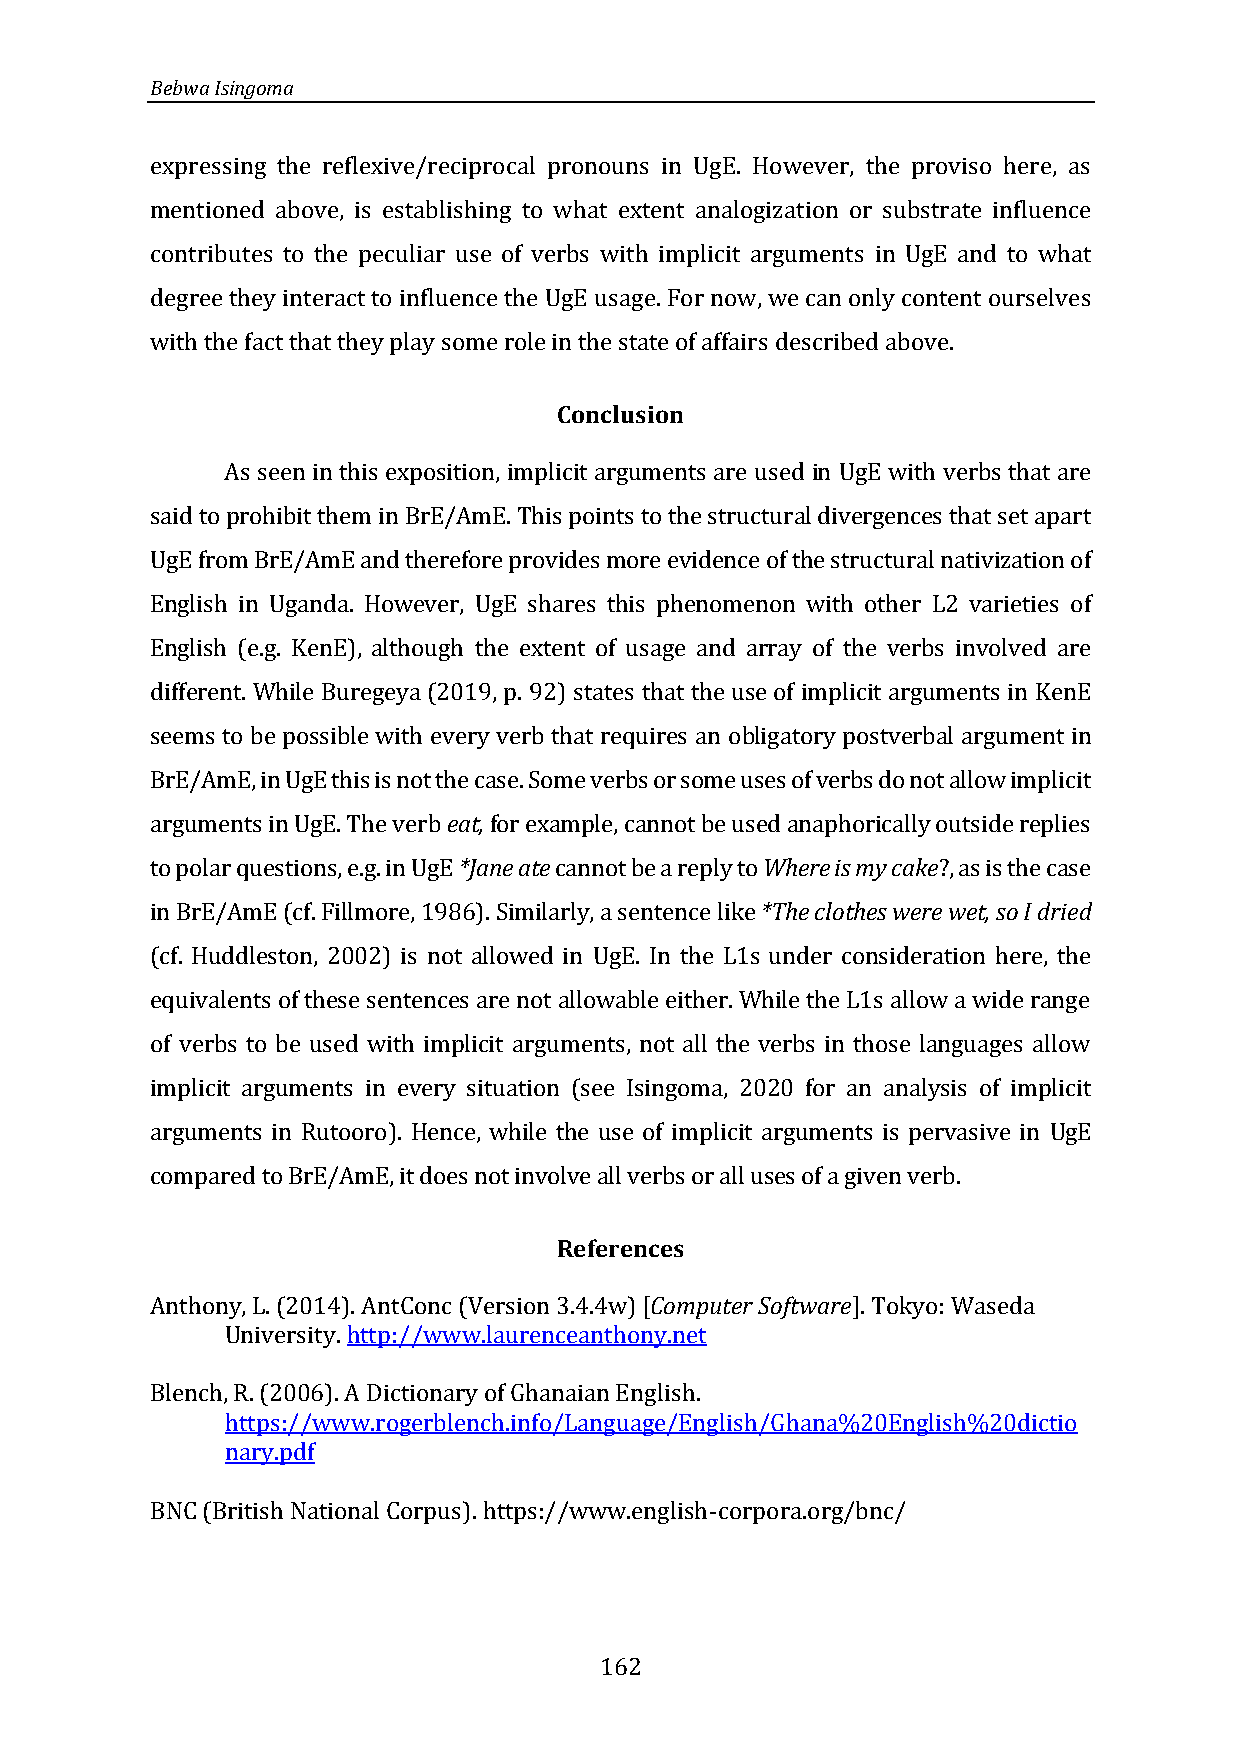
Bebwa Isingoma
 expressing the reflexive/reciprocal pronouns in UgE. However, the proviso here, as
 mentioned above, is establishing to what extent analogization or substrate influence
 contributes to the peculiar use of verbs with implicit arguments in UgE and to what
 degree they interact to influence the UgE usage. For now, we can only content ourselves
 with the fact that they play some role in the state of affairs described above.
 Conclusion
 As seen in this exposition, implicit arguments are used in UgE with verbs that are
 said to prohibit them in BrE/AmE. This points to the structural divergences that set apart
 UgE from BrE/AmE and therefore provides more evidence of the structural nativization of
 English in Uganda. However, UgE shares this phenomenon with other L2 varieties of
 English (e.g. KenE), although the extent of usage and array of the verbs involved are
 different. While Buregeya (2019, p. 92) states that the use of implicit arguments in KenE
 seems to be possible with every verb that requires an obligatory postverbal argument in
 BrE/AmE, in UgE this is not the case. Some verbs or some uses of verbs do not allow implicit
 arguments in UgE. The verb eat, for example, cannot be used anaphorically outside replies
 to polar questions, e.g. in UgE *Jane ate cannot be a reply to Where is my cake?, as is the case
 in BrE/AmE (cf. Fillmore, 1986). Similarly, a sentence like *The clothes were wet, so I dried
 (cf. Huddleston, 2002) is not allowed in UgE. In the L1s under consideration here, the
 equivalents of these sentences are not allowable either. While the L1s allow a wide range
 of verbs to be used with implicit arguments, not all the verbs in those languages allow
 implicit arguments in every situation (see Isingoma, 2020 for an analysis of implicit
 arguments in Rutooro). Hence, while the use of implicit arguments is pervasive in UgE
 compared to BrE/AmE, it does not involve all verbs or all uses of a given verb.
 References
 Anthony, L. (2014). AntConc (Version 3.4.4w) [Computer Software]. Tokyo: Waseda
 University. http://www.laurenceanthony.net
 Blench, R. (2006). A Dictionary of Ghanaian English.
 https://www.rogerblench.info/Language/English/Ghana%20English%20dictio
 nary.pdf
 BNC (British National Corpus). https://www.english-corpora.org/bnc/
 162